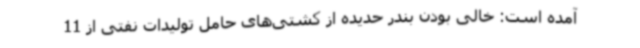
آمده است: خالی بودن بندر حدیده از کشتی‌های حامل تولیدات نفتی از 11